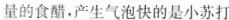
量的食醋，产生气泡快的是小苏打